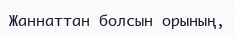
Жаннаттан болсын орының,